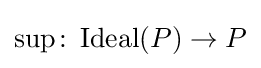
\sup \colon \operatorname {Ideal} (P)\to P